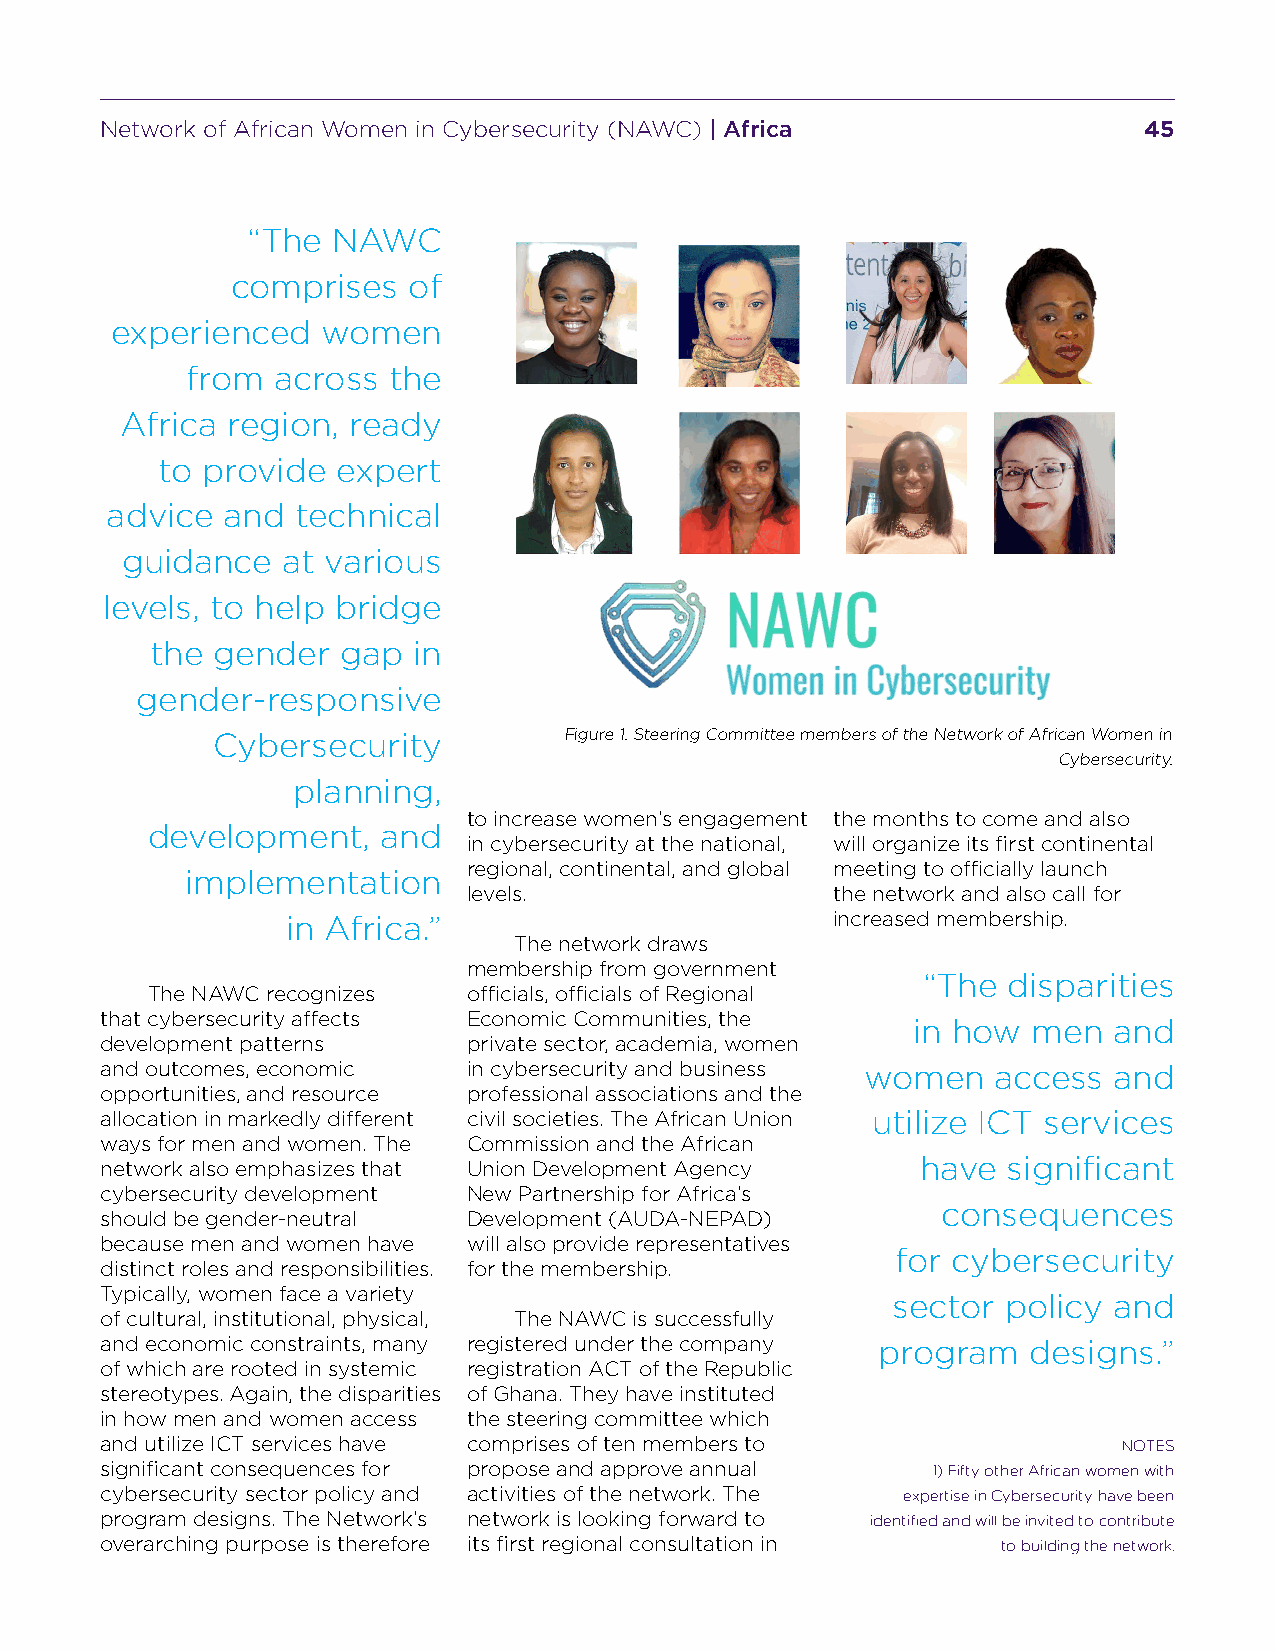
Network of African Women in Cybersecurity (NAWC) | Africa            45
 “The  NAWC
 comprises   of
 experienced   women
 from  across  the
 Africa region, ready
 to provide  expert
 advice  and  technical
 guidance   at various
 levels, to help bridge
 the gender   gap in
 gender-responsive
 Cybersecurity          Figure 1. Steering Committee members of the Network of African Women in
 Cybersecurity.
 planning,
 to increase women’s engagement the months to come and also
 development,   and
 in cybersecurity at the national, will organize its first continental
 regional, continental, and global meeting to officially launch
 implementation
 levels.                 the network and also call for
 in Africa.”                         increased membership.
 The network draws
 membership from government
 “The  disparities
 The NAWC recognizes  officials, officials of Regional
 that cybersecurity affects Economic Communities, the
 in how  men   and
 development patterns    private sector, academia, women
 and outcomes, economic  in cybersecurity and business women access and
 opportunities, and resource professional associations and the
 allocation in markedly different civil societies. The African Union utilize ICT services
 ways for men and women. The Commission and the African
 network also emphasizes that Union Development Agency have  significant
 cybersecurity development New Partnership for Africa’s
 consequences
 should be gender-neutral Development (AUDA-NEPAD)
 because men and women have will also provide representatives
 for cybersecurity
 distinct roles and responsibilities. for the membership.
 Typically, women face a variety
 sector  policy and
 of cultural, institutional, physical, The NAWC is successfully
 and economic constraints, many registered under the company program designs.”
 of which are rooted in systemic registration ACT of the Republic
 stereotypes. Again, the disparities of Ghana. They have instituted
 in how men and women access the steering committee which
 and utilize ICT services have comprises of ten members to          NOTES
 significant consequences for propose and approve annual 1) Fifty other African women with
 cybersecurity sector policy and activities of the network. The expertise in Cybersecurity have been
 program designs. The Network’s network is looking forward to identified and will be invited to contribute
 overarching purpose is therefore its first regional consultation in to building the network.